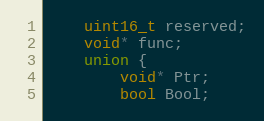
Language: C
    uint16_t reserved;
    void* func;
    union {
        void* Ptr;
        bool Bool;